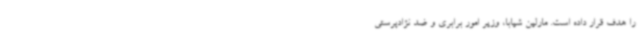
را هدف قرار داده است. مارلین شیابا، وزیر امور برابری و ضد نژادپرستی